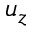
u _ { z }